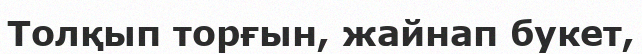
Толқып торғын, жайнап букет,